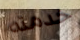
خدمته